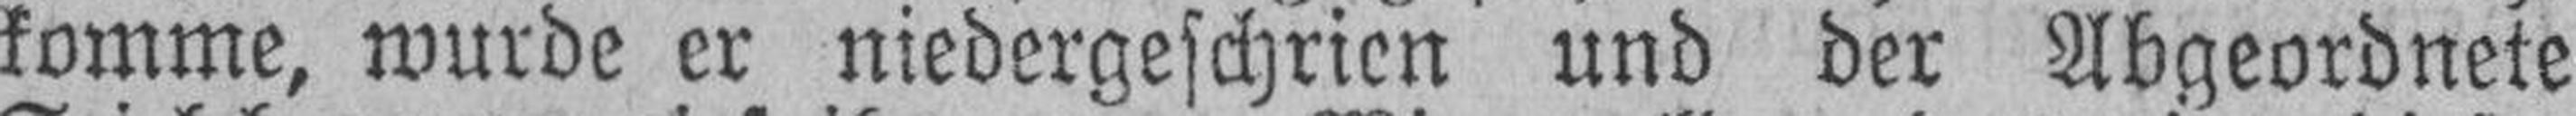
komme, wurde er niedergeschrien und der Abgeordnete